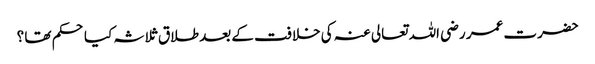
حضرت عمر رضی اللہ تعالی عنہ کی خلافت کے بعد طلاق ثلاثہ کیا حکم تھا ؟